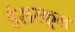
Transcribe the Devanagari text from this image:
हंसस्कूल